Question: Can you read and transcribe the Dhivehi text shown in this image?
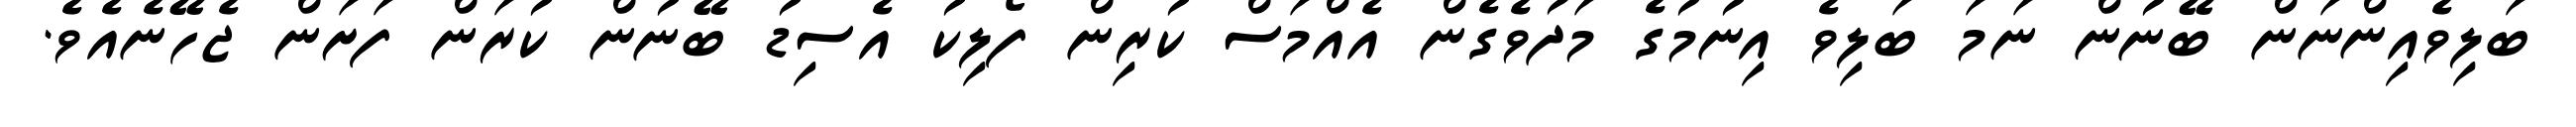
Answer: ބަލިވެއިންނަން ބޭނުން ނަމަ ބަލިވެ އިނުމުގެ މަދުވެގެން އެއްމަސް ކުރިން ފޯލިކު އެސިޑު ބޭނުން ކުރަން ފަށަން ޖެހޭނެއެވެ.